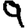
Digit: 9